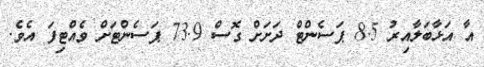
އާ އަޅާބަލާއިރު 8.5 ޕަސެންޓް ދަށަށް ގޮސް 73.9 ޕަސެންޓަށް ވެއްޓިފަ އެވެ.